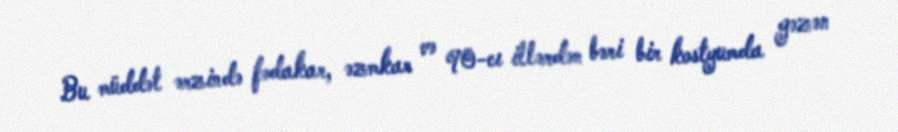
Bu müddət ərzində fədakar, əzmkar və 90-cı illərdən bəri bir kostyumda gəzən